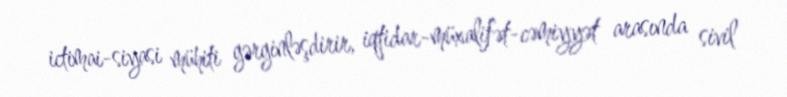
ictimai-siyasi mühiti gərginləşdirir, iqtidar-müxalifət-cəmiyyət arasında sivil